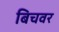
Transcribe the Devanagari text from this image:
बिचवर